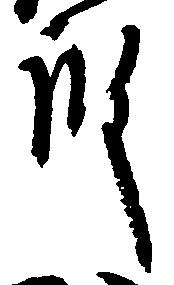
殿